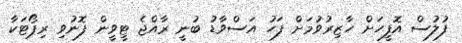
ފުލުސް އޮފީހަށް ހާޒިރުވުމަށް ފަހު އަސްވާޑު ބުނީ ރާއްޖެ ޓީވީން ފޮނުވި ރިޕޯޓަކާ